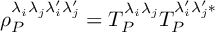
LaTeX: \rho _ { P } ^ { \lambda _ { i } \lambda _ { j } \lambda _ { i } ^ { \prime } \lambda _ { j } ^ { \prime } } = T _ { P } ^ { \lambda _ { i } \lambda _ { j } } T _ { P } ^ { \lambda _ { i } ^ { \prime } \lambda _ { j } ^ { \prime } * }